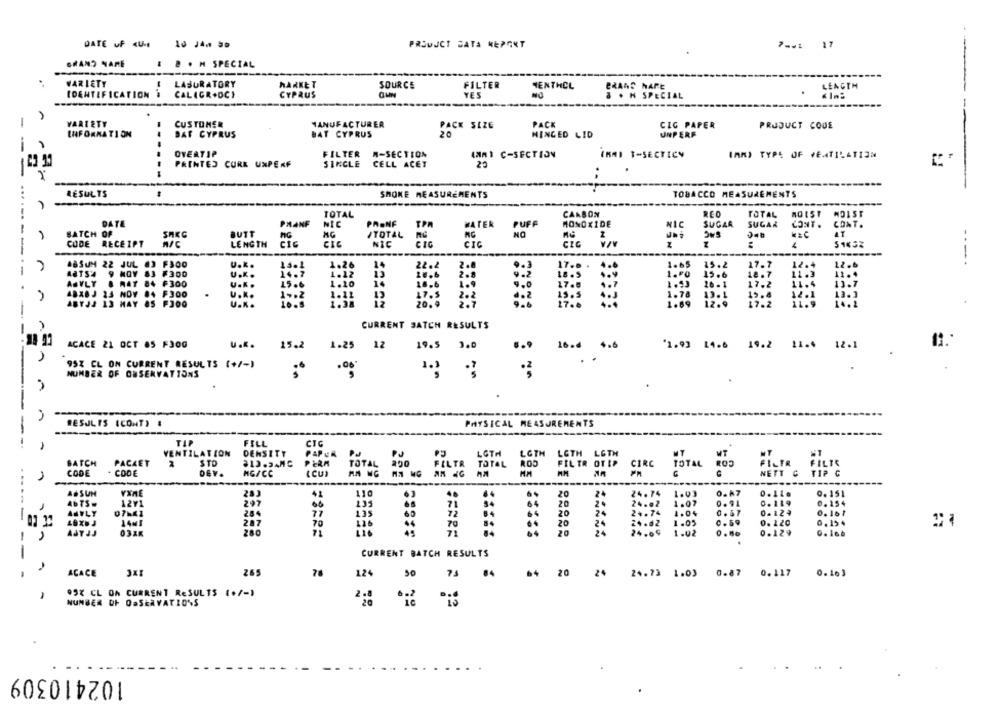
DATE OF <Us 10 14. 30
PRSUJCT SATA KEPONT
7 -. 1 17
GRAND NAME
. . . M SPECIAL
VARIETY
LABORATORY
MARKET
SOURCE
FILTER
LENGTH
IDENTIFICATION )
HENTHCL
CALIGR+DCI
CYPRUS
YES
à * H SPECI
- -
-
VARIETY
CUSTOMER
MANUFACTURER
PACK SIZE
PACK
CIG PAPER
PRODUCT CODE
INFORMATION
BAT CYPRUS
BAT CYPRUS
20
HINGED LID
UNPERF
OVERTIP
FILTER M-SECTION
(A) C-SECTION
EMMI T-SECTICY
(AR) TYPE OF VENTILATION
PRINTED CORK UXPERF
SINGLE CELL ACET
20
------
RESULTS
TOBACCO MEASUREMENTS
SHONE MEASUREMENTS
-----
TOTAL
CARBON
TOTAL
MOIST
DATE
PMANF
PRONF
PUFF
NIC
TPA
WATER
MONOXIDE
NIC
SUGAR
SUGAR
CONT.
CONT.
BATCH OF
BUTT
nc
AG
ITOTAL
NO
AT
CODE
RECEIPT
A/C
LENGTH
CIC
CIC
NIC
CIG
CIC
CIG
-----
BBSUM 22 JUL 63 F300
U.K.
1.26
14
22.2
2.
17 .. .
1.65
15.2
17.7
12.4
12.6
---.
naTS'4
1.12
2.8
11.3
9 NOV 83 F300
U.K.
18.6
18.5
1.00
15.6
12.7
ABVLY
& AAT 84 F300
U.K.
15-
1.10
14
18.6
9.0
17.0
1.53
26 .1
17.2
11.4
13.7
ABXOJ 23 NOW 04 F300
U.K.
1.12
17.5
2.2
15.5
1.78
13.1
15.8
12.1
13.3
ABYJJ 13 MAY AS FJDO
U.K.
1.38
20.9
2.7
17.0
1.69
12.9
17.2
14.2
CURRENT SATCH RESULTS
ACACE 21 OCT 85 F3OG
u.K.
15.2
19.5
50.0
1.25
12
.. 9
16.4 4.6
'1.93 14.6 19.2 11.4 12.1
95% CL ON CURRENT RESULTS (+/-)
.08
NUMBER OF OBSERVATIONS
RESULTS (CONT) .
PHYSICAL MEASUREMENTS
---
TA
FILL
CIG
VENTILATION
DENSITY
PAPUA
PJ
LOTH
LOTH
LGTH LOTH
LGTH
WT
BATCH
PACAET
2
STO
813.34MC
PERA
TOTAL
FILTR
TOTAL
RO5
TOTAL
CODE
. CODE
MG/CC
HA NG
TIP C
DEV.
(CU)
ASSUM
VXME
0.151
110
24
24.74
ANTS.
1271
297
00
0. 154
-
ANTLY
07-41
284
77
0. 16 1
07 32
14MI
287
0.19 4
70
-
ANYJJ
03ZK
280
20
C. i66
CURRENT BATCH RESULTS
ACACE
265
78
124
84
20
24
24.73 1.03 0.87 0.117 0.163
997 CL ON CURRENT RESULTS (+/-)
-
NUMBER OF OBSERVATIONS
102410309